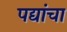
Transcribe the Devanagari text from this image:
पद्यांचा